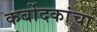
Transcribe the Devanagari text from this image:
कर्बोदकांचा